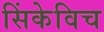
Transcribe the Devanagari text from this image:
सिंकेविच